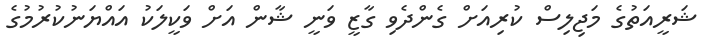
ޝަރީއަތުގެ މަޖިލިސް ކުރިއަށް ގެންދެވި ގާޒީ ވަނީ ޝާން އަށް ވަކީލަކު އައްޔަނުކުރުމުގެ